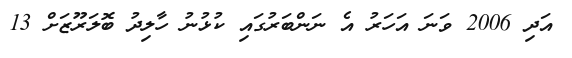
އަދި 2006 ވަނަ އަހަރު އެ ނަންބަރުގައި ކުޅުނު ހާލިދު ބޮލަރޫޒަށް 13